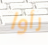
رأوا